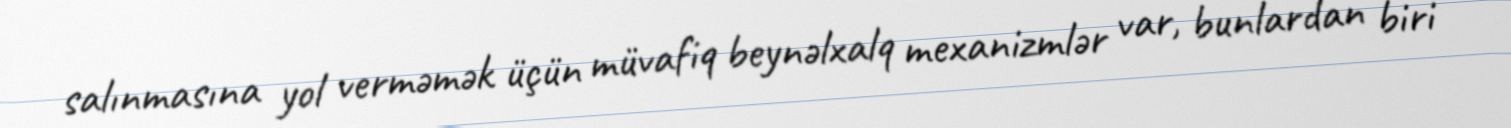
salınmasına yol verməmək üçün müvafiq beynəlxalq mexanizmlər var, bunlardan biri